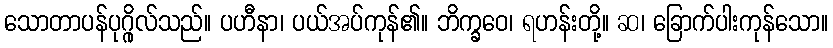
သောတာပန်ပုဂ္ဂိုလ်သည်။ ပဟီနာ၊ ပယ်အပ်ကုန်၏။ ဘိက္ခဝေ၊ ရဟန်းတို့။ ဆ၊ ခြောက်ပါးကုန်သော။